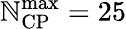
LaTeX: \mathbb{N}_{\mathrm{{CP}}}^{\mathrm{{max}}}=25